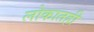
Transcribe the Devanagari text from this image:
लोकातही